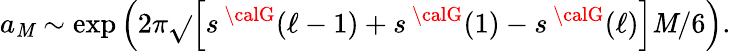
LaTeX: a_{\mathit{M}}\sim\exp\left(2\pi\sqrt{}{{\left[s^{\, \calG}(\ell-1)+s^{\, \calG}(1)-s^{\, \calG}(\ell)\right]\mathit{M}/6}}\right).